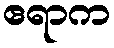
ဧရာက